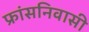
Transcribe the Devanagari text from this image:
फ्रांसनिवासी